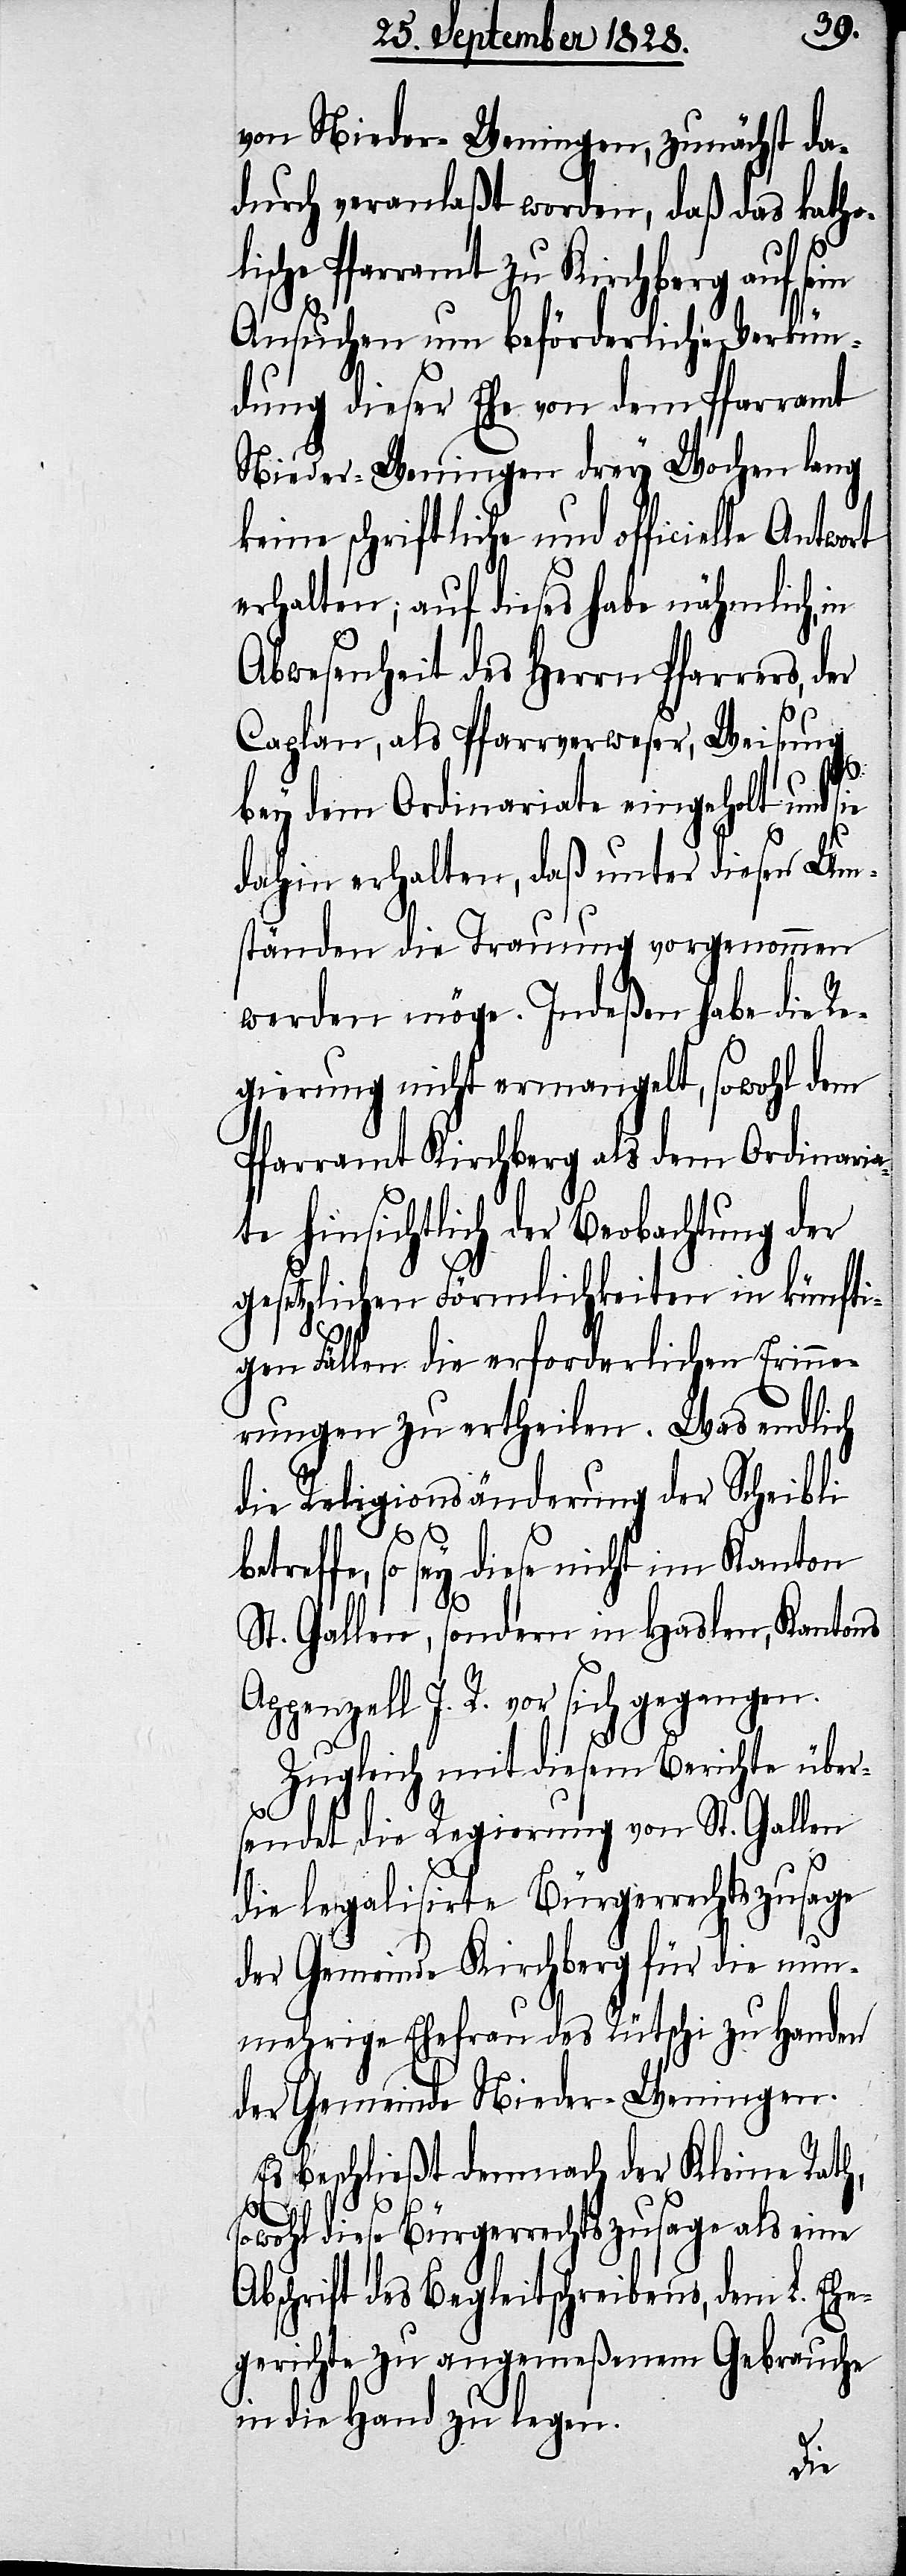
von Nieder-Weningen, zunächst da¬
durch veranlaßt worden, daß das kathol¬
ische Pfarramt zu Kirchberg auf
Ansuchen um beförderliche Verkün¬
dung dieser Ehe von dem Pfarramt
Nieder-Weningen drey Wochen lang
keine schriftliche und officielle
erhalten; auf dieses habe nähmlich, in
Abwesenheit des Herrn Pfarrers,
Caplan, als Pfarrverweser, Weisung
bey dem Ordinariate eingehohlt und
dahin erhalten, daß unter diesen Um¬
ständen die Trauung vorgenommen
werden möge. Indeßen habe die Re¬
gierung nicht ermangelt, sowohl dem
Pfarramt Kirchberg als dem Ordinari¬
ate hinsichtlich der Beobachtung der
gesetzlichen Förmlichkeiten in künfti¬
gen Fällen die erforderlichen Erinne¬
rungen zu ertheilen. Was endlich
die Religionsänderung der Scheibli
betreffe, so sey diese nicht im Kanton
St. Gallen, sondern in Haslen, Kantons
Appenzell I. R. vor sich gegangen.
Zugleich mit diesem Berichte über¬
sendet die Regierung von St. Gallen
die legalisierte Bürgerrechtszusage
der Gemeinde Kirchberg für die nun¬
mehrige Ehefrau des Rütschi zu Handen
der Gemeinde Nieder-Weningen.
Es beschließt demnach der Kleine Rath,
sowohl diese Bürgerrechtszusage als eine
Abschrift des Begleitschreibens, dem L. Ehe¬
gerichte zu angemeßenem Gebrauche
in die Hand zu legen.